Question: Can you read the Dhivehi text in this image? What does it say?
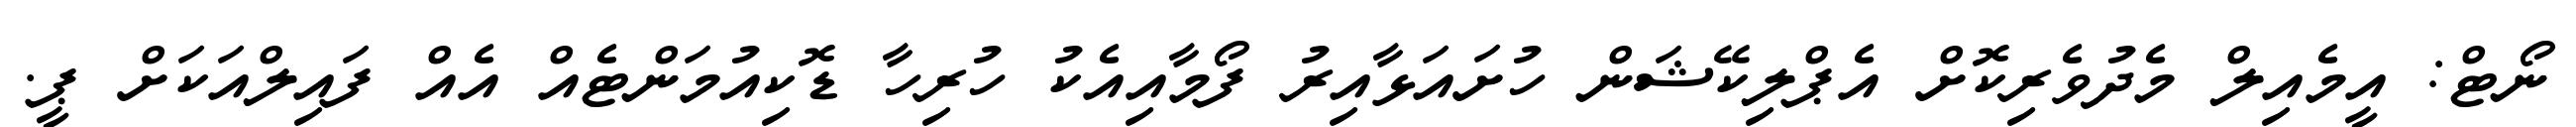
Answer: ނޯޓް: އީމެއިލް މެދުވެރިކޮށް އެޕްލިކޭޝަން ހުށައަޅާއިރު ފޯމާއިއެކު ހުރިހާ ޑޮކިއުމަންޓެއް އެއް ފައިލްއަކަށް ޕީ.